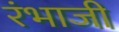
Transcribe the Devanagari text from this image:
रंभाजी